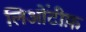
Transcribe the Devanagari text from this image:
लिओंटीफ़